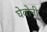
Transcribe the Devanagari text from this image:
घेवोनी